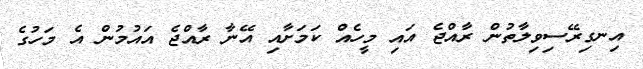
އިނގިރޭސިވިލާތުން ރާއްޖެ އައި މީހެއް ކަމަށާއި އޭނާ ރާއްޖެ އައުމުން އެ މަހުގެ